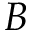
B